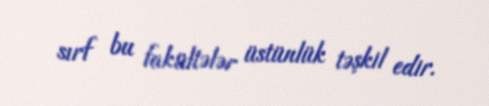
sırf bu fakültələr üstünlük təşkil edir.